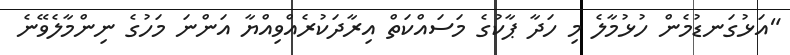
"އަޅުގަނޑުމެން ހުޅުމާލެ މި ހަދާ ޕާކުގެ މަސައްކަތް އިރާދަކުރެއްވިއްޔާ އަންނަ މަހުގެ ނިންމާލެވޭނެ